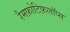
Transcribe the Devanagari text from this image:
रैमफ़ोटिफ़लॉप्स